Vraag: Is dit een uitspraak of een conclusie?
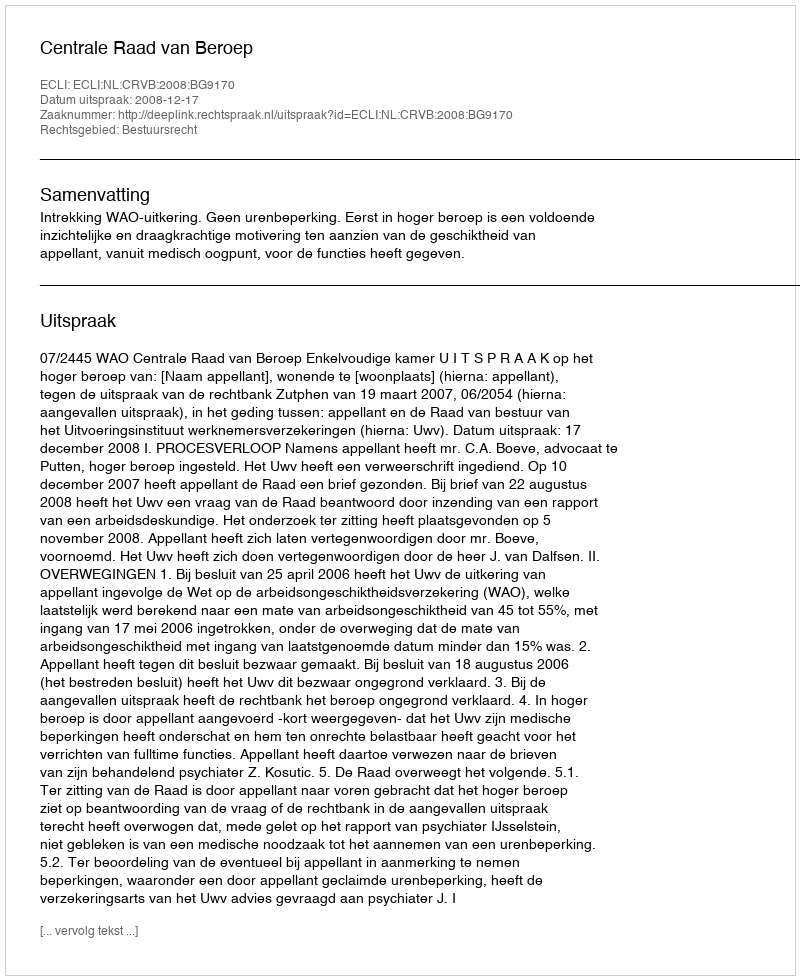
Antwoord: Uitspraak